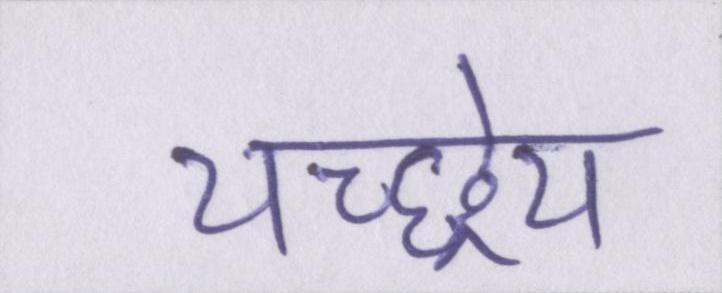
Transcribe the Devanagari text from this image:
यच्छ्रेय